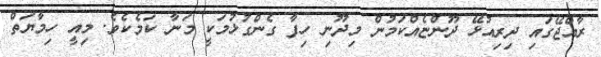
ރާއްޖޭގައި ދިރިއުޅޭ ދޫންޏެއްކަމުން މިދޫނި ހިފާ ގެންގުޅުމަކީ މަނާ ކަމެކެވެ. މިއީ ހިމާޔަތް